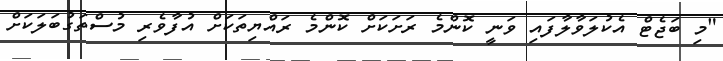
"މި ބަޖެޓް އެކުލަވާލާފައި ވަނީ ކޮންމެ ރަށަކަށް ކޮންމެ ރައްޔިތަކަށް އުފާވެރި މުސްތަގުބަލަކަށް